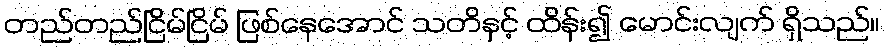
တည်တည်ငြိမ်ငြိမ် ဖြစ်နေအောင် သတိနှင့် ထိန်း၍ မောင်းလျက် ရှိသည်။